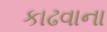
કાઢવાના